Indian Medical Review
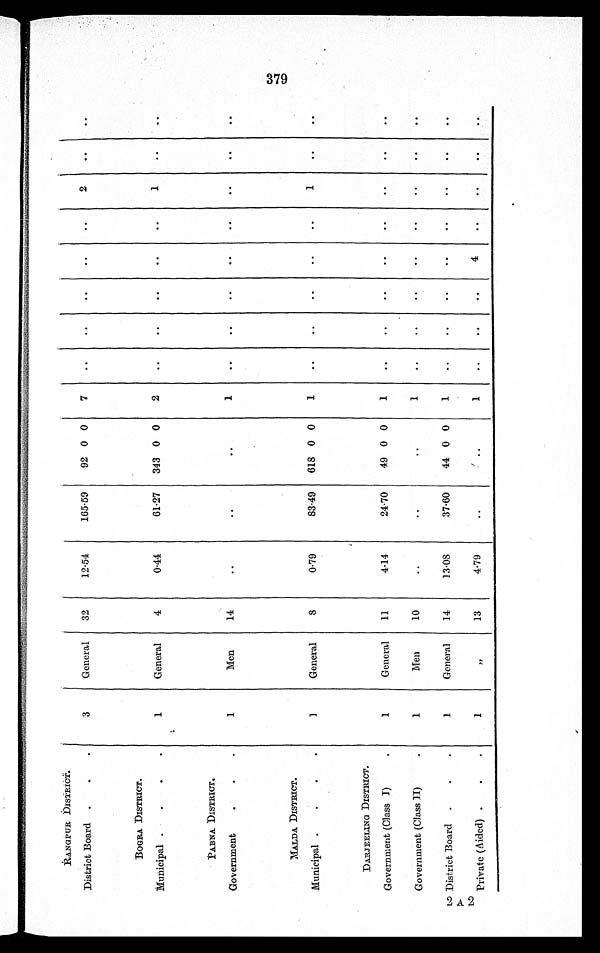
RANGPUR DISTRICT.
District Board
3
General
32
12·54
165·59
92 0 0
7
. .
. .
..
. .
. .
2
. .
. .
BOGRA DISTRICT.
Municipal
1
General
4
0·44
61·27
343 0 0
2
..
..
..
..
..
1
..
. .
PABNA DISTRICT.
Government
1
Men
14
..
..
..
1
..
. .
. .
. .
. .
. .
. .
. .
MA LDA DISTRICT.
Municipal
1
General
8
0·79
83·49
618 0 0
1
..
..
..
..
..
1
. .
. .
DARJEELING DISTRICT.
Government (Class I)
1
General
11
4·14
24·70
49 0 0
1
..
..
..
..
..
..
. .
. .
Government (Class II)
1
Men
10
. .
..
..
1
..
..
..
..
..
. .
..
..
District Board
1
General
14
13·08
37·60
44 0 0
1
..
..
..
..
..
. .
. .
. .
Private (Aided)
1
, ,
13
4·79
..
..
1
..
..
..
4
. .
. .
..
..
379